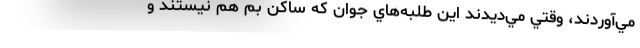
مي‌آوردند، وقتي مي‌ديدند اين طلبه‌هاي جوان كه ساكن بم هم نيستند و